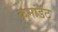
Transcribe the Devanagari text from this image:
कमांडंट